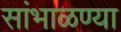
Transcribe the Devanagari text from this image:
सांभाळण्या